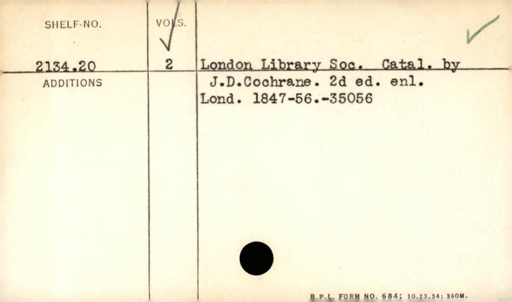
Label: content